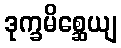
ဒုက္ခမိစ္ဆေယျ